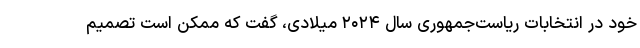
خود در انتخابات ریاست‌جمهوری سال ۲۰۲۴ میلادی، گفت که ممکن است تصمیم